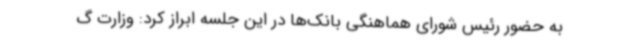
به حضور رئیس شورای هماهنگی بانک‌ها در این جلسه ابراز کرد: وزارت گ